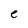
Character: e